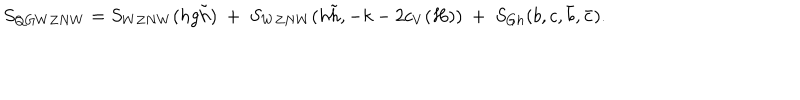
S _ { Q G W Z N W } = S _ { W Z N W } ( h g \tilde { h } ) ~ + ~ S _ { W Z N W } ( h \tilde { h } , - k - 2 c _ { V } ( H ) ) ~ + ~ S _ { G h } ( b , c , \bar { b } , \bar { c } ) .